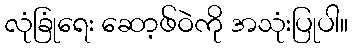
လုံခြုံရေး ဆော့ဖ်ဝဲကို အသုံးပြုပါ။